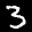
Label: 3